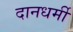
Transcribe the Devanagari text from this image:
दानधर्मी